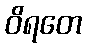
ဝိရတေ